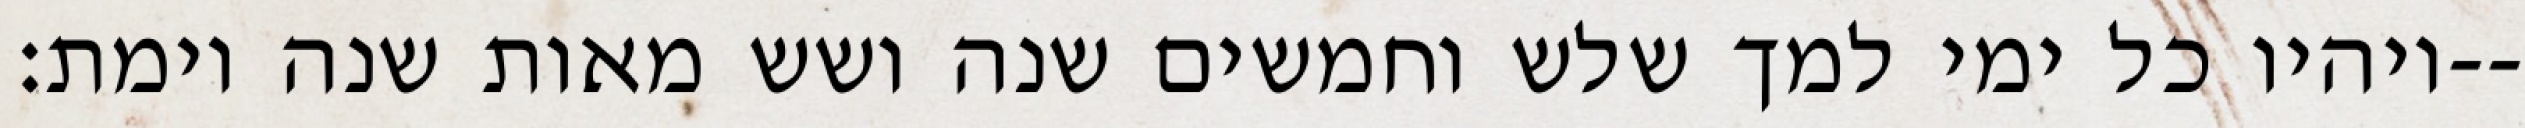
ויהיו כל ימי למך שלש וחמשים שנה ושש מאות שנה וימת׃--